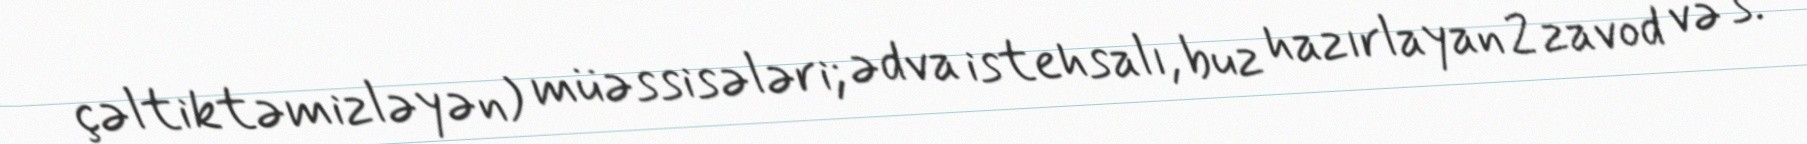
çəltiktəmizləyən) müəssisələri; ədva istehsalı, buz hazırlayan 2 zavod və s.